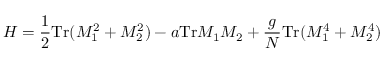
H = { \frac { 1 } { 2 } } \mathrm { T r } ( M _ { 1 } ^ { 2 } + M _ { 2 } ^ { 2 } ) - a \mathrm { T r } M _ { 1 } M _ { 2 } + { \frac { g } { N } } \mathrm { T r } ( M _ { 1 } ^ { 4 } + M _ { 2 } ^ { 4 } )